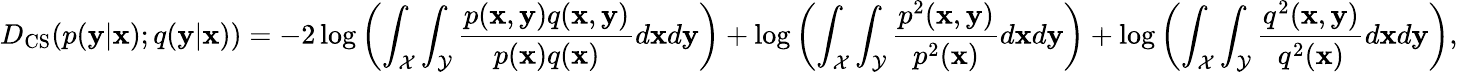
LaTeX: D_{\mathrm{CS}}(p(\mathbf{y}|\mathbf{x});q(\mathbf{y}|\mathbf{x}))=-2\log\left(\int_{\mathcal{X}}\int_{\mathcal{Y}}\frac{p(\mathbf{x},\mathbf{y})q(\mathbf{x},\mathbf{y})}{p(\mathbf{x})q(\mathbf{x})}d\mathbf{x}d\mathbf{y}\right)+\log\left(\int_{\mathcal{X}}\int_{\mathcal{Y}}\frac{p^{2}(\mathbf{x},\mathbf{y})}{p^{2}(\mathbf{x})}d\mathbf{x}d\mathbf{y}\right)+\log\left(\int_{\mathcal{X}}\int_{\mathcal{Y}}\frac{q^{2}(\mathbf{x},\mathbf{y})}{q^{2}(\mathbf{x})}d\mathbf{x}d\mathbf{y}\right),